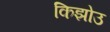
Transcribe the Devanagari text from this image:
किझोउ